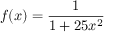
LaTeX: f ( x ) = { \frac { 1 } { 1 + 2 5 x ^ { 2 } } }